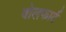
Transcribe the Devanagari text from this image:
वोलफार्ट